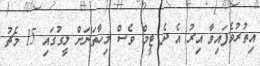
އިތުރުވެފައިވާ އިރު އެ ދެ ޓީމް ވެސް މިހާތަނަށް ލީގުގައި 15 މެޗު